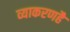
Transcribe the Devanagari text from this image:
व्याकरणहै